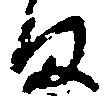
ま